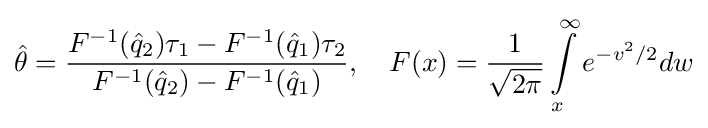
{\hat {\theta }}={\frac {F^{-1}({\hat {q}}_{2})\tau _{1}-F^{-1}({\hat {q}}_{1})\tau _{2}}{F^{-1}({\hat {q}}_{2})-F^{-1}({\hat {q}}_{1})}},\quad F(x)={\frac {1}{\sqrt {2\pi }}}\int \limits _{x}^{\infty }e^{-v^{2}/2}dw